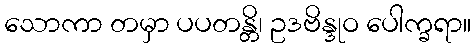
သောကာ တမှာ ပပတန္တိ၊ ဥဒဗိန္ဒုဝ ပေါက္ခရာ။